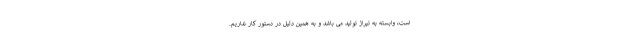
است، وابسته به تیراژ تولید می باشد و به همین دلیل در دستور کار نداریم.